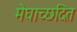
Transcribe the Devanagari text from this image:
मेघाच्छदित